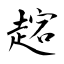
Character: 趤